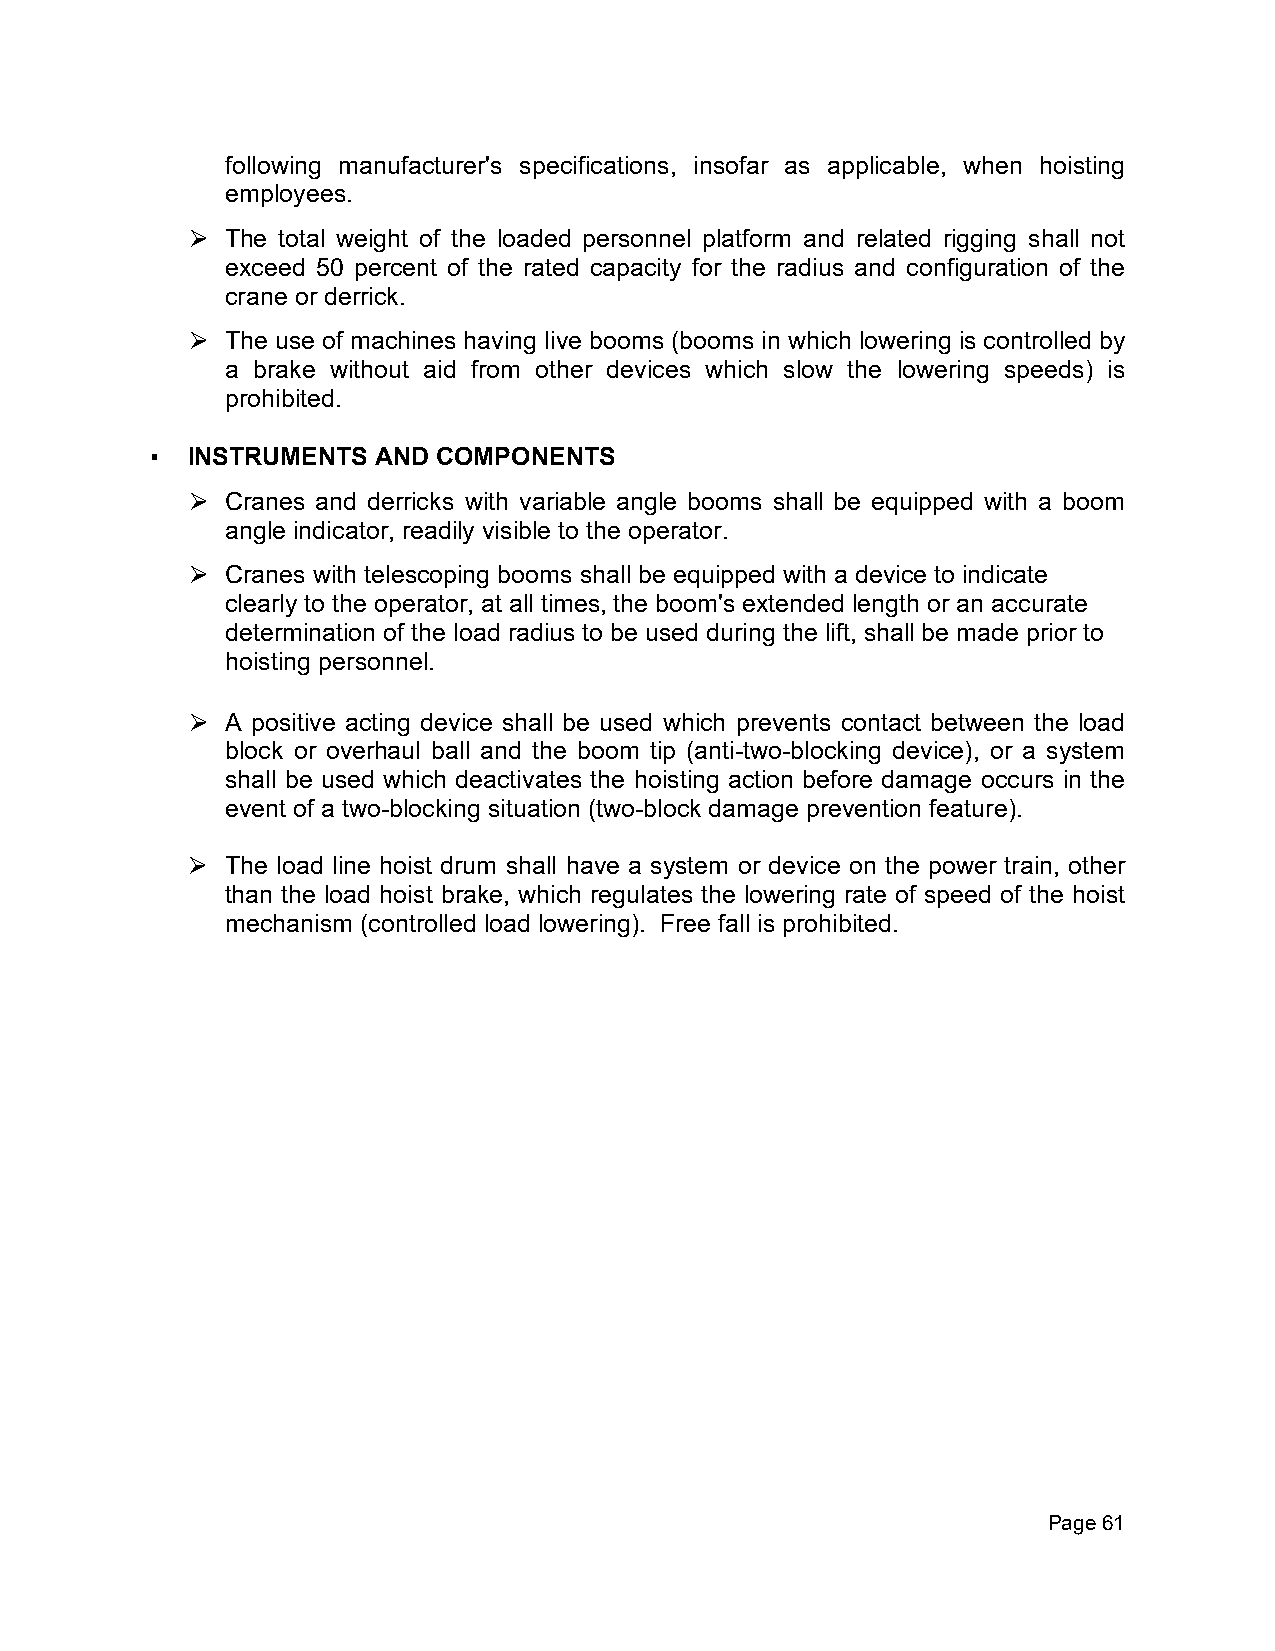
following manufacturer's specifications, insofar as applicable, when hoisting
 employees.
 The total weight of the loaded personnel platform and related rigging shall not
 ⮚
 exceed 50 percent of the rated capacity for the radius and configuration of the
 crane or derrick.
 The use of machines having live booms (booms in which lowering is controlled by
 ⮚
 a brake without aid from other devices which slow the lowering speeds) is
 prohibited.
 ▪ INSTRUMENTS  AND COMPONENTS
 Cranes and derricks with variable angle booms shall be equipped with a boom
 ⮚
 angle indicator, readily visible to the operator.
 Cranes with telescoping booms shall be equipped with a device to indicate
 ⮚
 clearly to the operator, at all times, the boom's extended length or an accurate
 determination of the load radius to be used during the lift, shall be made prior to
 hoisting personnel.
 A positive acting device shall be used which prevents contact between the load
 ⮚
 block or overhaul ball and the boom tip (anti-two-blocking device), or a system
 shall be used which deactivates the hoisting action before damage occurs in the
 event of a two-blocking situation (two-block damage prevention feature).
 The load line hoist drum shall have a system or device on the power train, other
 ⮚
 than the load hoist brake, which regulates the lowering rate of speed of the hoist
 mechanism (controlled load lowering). Free fall is prohibited.
 Page 61